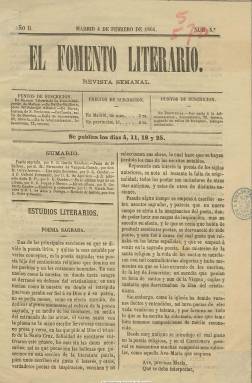
Título: El Fomento literario
Colección: Literatura
Ámbito geográfico: Madrid
Lugar de publicación: Madrid
Fechas: 04/02/1864-18/12/1864

Revista semanal que empezó a publicarse el once de noviembre de 1863, en entregas de ocho páginas, siendo obra de un grupo de por entonces jóvenes estudiantes universitarios, estando al frente de la misma como director Eduardo Ortiz y Casado. Entre la veintena de redactores y colaboradores que ofrecen sus textos en las páginas de la publicación se encuentran Ramón García Sánchez, Manuel Fernández de Vázquez, Manuel Calvo Asensio, Enrique de Aguilera, Demetrio Duque y Merino, Joaquín de Arce Bodega, Pedro Muñoz y Peña, Lesmes Sánchez de Castro, José Álvarez Sierra, Ramón Muñoz Obeso, Francisco Sánchez de Castro, Juan Catalina García-López y Gerardo Couder, entre otros. Como secretario de redacción actúa Sixto Rodríguez Sanmillán, y como editor responsable aparece Florentino Esteban Rodríguez.

Contiene, entre otros, estudios filosóficos y de ciencias naturales, semblanzas biográficas, una revista de teatros, así como textos de creación literaria (episodios históricos, artículos de costumbres, cuentos, dramas) y composiciones poéticas.

Con el número 12, de 27 de marzo de 1864, se suspende temporalmente su publicación ante la inminencia de preparar los exámenes universitarios por parte de sus artífices, reapareciendo el cuatro de diciembre de 1864, iniciando así una segunda época y nueva numeración y aumentando su tamaño.

La colección de la BNE contiene las entregas publicadas desde el 4 de febrero al 18 de diciembre de 1864, anunciando Eduardo Ortiz en esta última su cese como director y su abandono de la publicación. Con toda probabilidad ello llevaría al cierre definitivo de la revista. Estampada en la Imprenta de La Iberia, algunas referencias bibliográficas señalan que había sido su fundada por Gonzalo Calvo Asensio, hijo de director del diario La iberia (1854), Pedo Calvo Asensio (1821-1863).